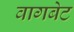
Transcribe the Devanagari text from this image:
वागबेट